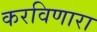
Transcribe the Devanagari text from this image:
करविणारा